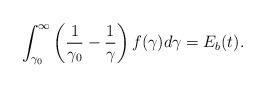
LaTeX: \begin{align*}\int_{\gamma_0}^\infty \left(\frac{1}{\gamma_0}-\frac{1}{\gamma}\right)f(\gamma)d\gamma=E_b(t).\end{align*}